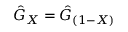
{ \hat { G } } _ { X } = { \hat { G } } _ { ( 1 - X ) }